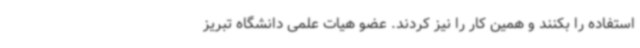
استفاده را بکنند و همین کار را نیز کردند. عضو هیات علمی دانشگاه تبریز